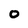
Character: 0